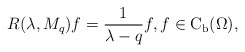
\begin{align*}R(\lambda,M_{q})f=\frac{1}{\lambda-q}f,f\in \mathrm{C}_{\operatorname{b}}(\Omega),\end{align*}